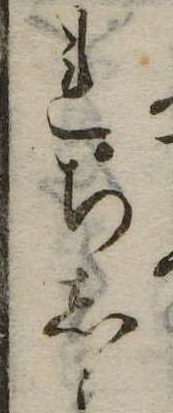
れちしよ